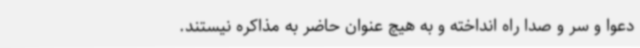
دعوا و سر و صدا راه انداخته و به هیچ عنوان حاضر به مذاکره نیستند.